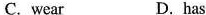
C. wear D. has